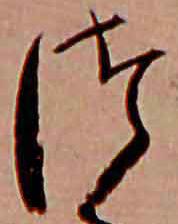
つ